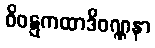
ဝိဝဋ္ဋကထာဒိဝဏ္ဏနာ